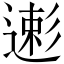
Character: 𱝥